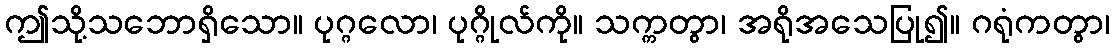
ဤသို့သဘောရှိသော။ ပုဂ္ဂလော၊ ပုဂ္ဂိုလ်ကို။ သက္ကတွာ၊ အရိုအသေပြု၍။ ဂရုံကတွာ၊